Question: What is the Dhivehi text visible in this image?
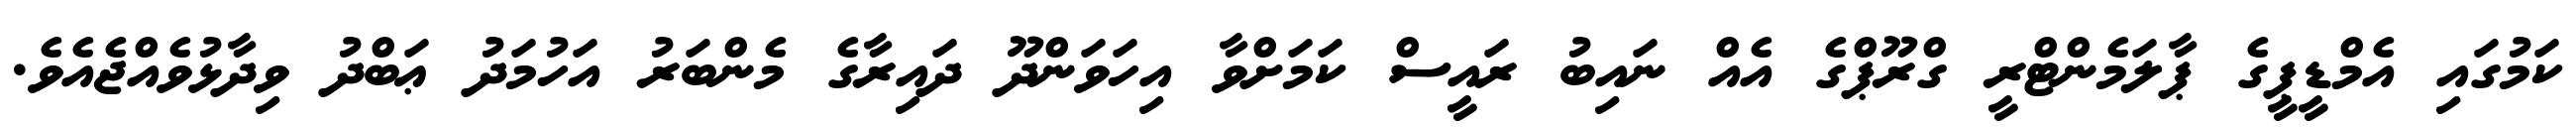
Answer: ކަމުގައި އެމްޑީޕީގެ ޕާލަމެންޓްރީ ގްރޫޕްގެ އެއް ނައިބު ރައީސް ކަމަށްވާ އިހަވަންދޫ ދައިރާގެ މެންބަރު އަހުމަދު ޢަބްދު ވިދާޅުވެއްޖެއެވެ.